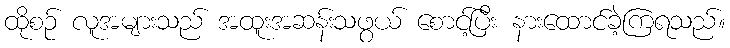
ထိုစဉ် လူအများသည် အထူးအဆန်းသဖွယ် စောင့်ပြီး နားထောင်ခဲ့ကြရသည်။